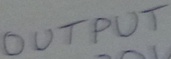
Text: OUTPUT